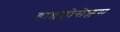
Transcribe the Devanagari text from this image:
हाइड्रोसेफ्लस